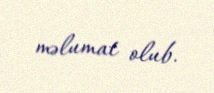
məlumat olub.